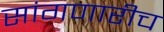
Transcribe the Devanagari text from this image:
सांगणारीच